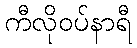
ကီလိုဝပ်နာရီ